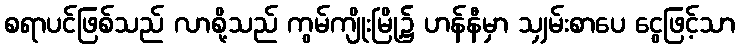
စရာပင်ဖြစ်သည် လာစို့သည် ကွမ်ကျိုးမြို့၌ ဟန်နီမှာ သျှမ်းစာပေ ငွေဖြင့်သာ